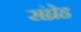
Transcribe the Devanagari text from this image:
संघ्रेह